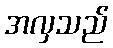
အလှသည်